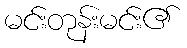
မင်းတုန်းမင်း၏